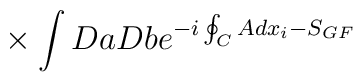
{}~~~~~\times \int DaDb e^{- i \oint_{C} Adx_i - S_{GF}}